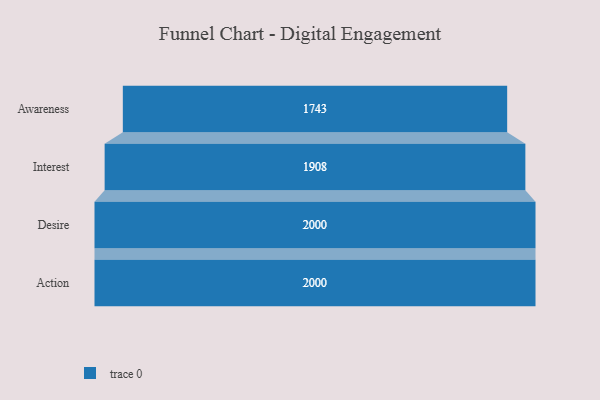
{"axis": {"x": "Stage", "y": "Value"}, "legend": [""], "data": [{"x": "Awareness", "y": 1743.0, "type": ""}, {"x": "Interest", "y": 1908.0, "type": ""}, {"x": "Desire", "y": 2000, "type": ""}, {"x": "Action", "y": 2000, "type": ""}]}